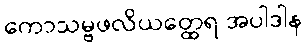
ကောသမ္ဗဖလိယတ္ထေရ အပါဒါန